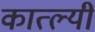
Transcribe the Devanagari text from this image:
कात्ल्यीं